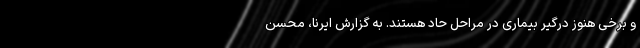
و برخی هنوز درگیر بیماری در مراحل حاد هستند. به گزارش ایرنا، محسن